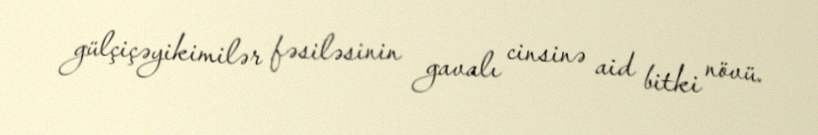
gülçiçəyikimilər fəsiləsinin gavalı cinsinə aid bitki növü.